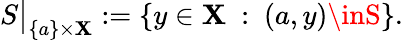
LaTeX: S{\big\vert}_{\{ a\} \times\mathbf{X}}:=\left\{ y\in\mathbf{X}~:~(a,y)\inS\right\} .